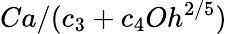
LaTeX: Ca/(c_{3}+c_{4}Oh^{2/5})